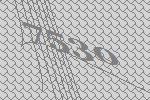
7530